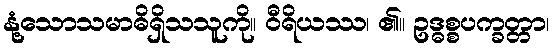
နုံ့သောသမာဓိရှိသသူကို။ ဝီရိယဿ၊ ၏။ ဥဒ္ဓစ္စပက္ခတ္တာ၊